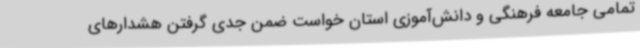
تمامی جامعه فرهنگی و دانش‌آموزی استان خواست ضمن جدی گرفتن هشدارهای